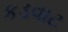
કડવાટ